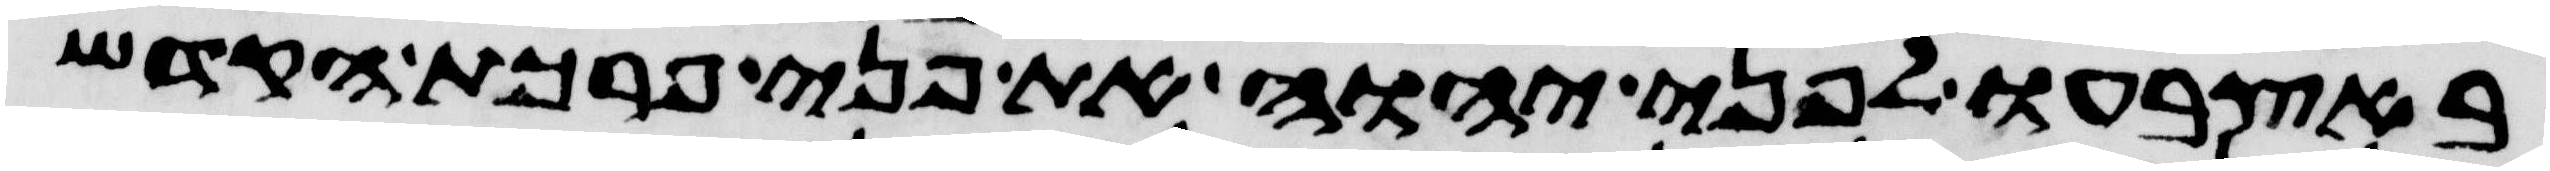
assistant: באצבעו לפני יהוה את פני פרכת הקדש